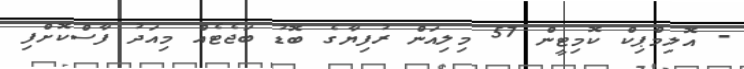
- އޮލިމްޕިކް ކޮމިޓީން 57 މިލިއަން ރުފިޔާގެ ބޮޑު ބަޖެޓެއް މިއަދު ފާސްކޮށްފި